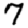
Digit: 7